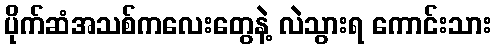
ပိုက်ဆံအသစ်ကလေးတွေနဲ့ လဲသွားရ ကောင်းသား